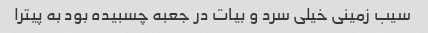
سیب زمینی خیلی سرد و بیات در جعبه چسبیده بود به پیترا